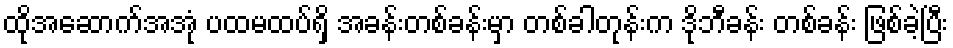
ထိုအဆောက်အအုံ ပထမထပ်ရှိ အခန်းတစ်ခန်းမှာ တစ်ခါတုန်းက ဒိုဘီခန်း တစ်ခန်း ဖြစ်ခဲ့ပြီး